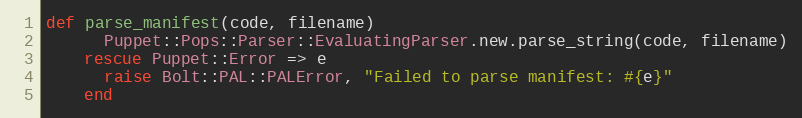
Language: Ruby
def parse_manifest(code, filename)
      Puppet::Pops::Parser::EvaluatingParser.new.parse_string(code, filename)
    rescue Puppet::Error => e
      raise Bolt::PAL::PALError, "Failed to parse manifest: #{e}"
    end